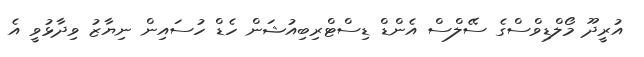
އުރީދޫ މޯލްޑިވްސްގެ ސޭލްސް އެންޑް ޑިސްޓްރިބިއުޝަން ހެޑް ހުސައިން ނިޔާޒު ވިދާޅުވީ އެ